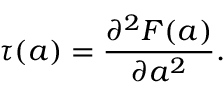
\tau ( a ) = { \frac { \partial ^ { 2 } { \cal F } ( a ) } { \partial a ^ { 2 } } } .